Vaccination North-Western Provinces and Oudh 1878-1895 - 1878-1895
Year: 1878
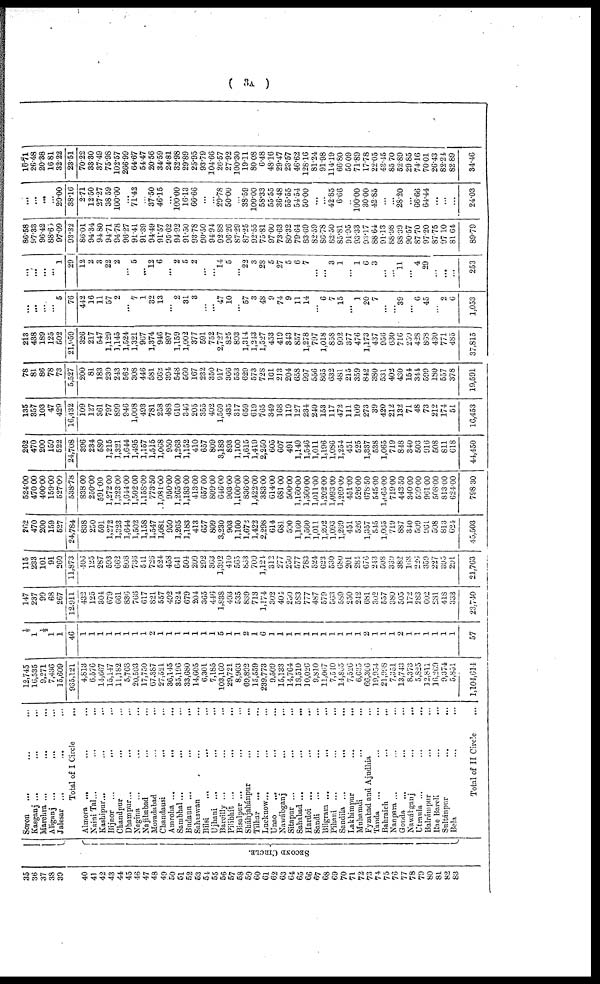
( 3A )
35
36
37
38
39
40
41
42
43
44
45
46
47
48
49
50
51
52
53
54
55
56
57
58
59
60
61
62
63
64
65
66
67
68
69
70
71
72
73
74
75
76
77
78
79
80
81
82
83
SECOND CIRCLE.
Soron ... ... ...
Kasganj ... ... ...
Marelhra ... ... ...
Aliganj ... ... ...
Jalesar ... ... ...
Total of I Circle ...
Almora ... ... ...
Nanni Tal ...
...
...
Kashipur... ... ...
Bijnor
...
...
...
Chandpur
... ...
Dhampur... ... ...
Nagina ... ... ...
Najibabad ... ...
Moradabad ... ...
Chandausi ... ...
Ámroha ...
...
...
Sambhal...
... ...
Budaun ...
...
...
Sahaswan ... ...
Bilsi ... ... ...
Ujhani ...
... ...
Bareilly ... ... ...
Pihibhít ... ... ...
Bisalpur ... ... ...
Sháhjahánpur ... ...
Tilhar
... ... ...
Lucknow... ... ...
Unao
...
... ...
Nawábganj
...
...
Sitapur ... ... ...
Sahabad ... ... ...
Hardoi ... ... ...
Sandi
...
...
...
Bilgram ...
... ...
Pihani ... ... ...
Sandila ... ... ...
Lakhimpur ... ...
Muhamdi ... ...
Fyzabad and Ajudhia ...
Tanda ... ... ...
Bahraich ... ...
Nanpara ... ... ...
Gonda ... ... ...
Nawábganj
...
...
Utraula ... ... ...
Balrámpur ... ...
Rae Bareli
...
...
Sultánpur ... ...
Bela ... ...
Total of II Circle ...
12,745
16,535
9,271
7,436
15,609
935,121
4,813
6,576
14,667
15,147
11,182
5,708
20,503
17,750
67,387
27,521
36,145
35,196
33,680
14,605
6,301
7,185
103,160
29,721
8,903
69,892
15,559
239,773
9,509
15,133
14,764
18,510
10,026
9,810
11,067
7,510
14,865
7,526
6,635
66,306
19,954
21,998
7,351
13,743
8,373
5,825
12,811
16,269
9,374
5,851
1,104,611
½
1
½
1
1
46
1
1
1
1
1
1
1
1
2
1
1
1
1
1
1
1
5
1
1
2
1
6
1
1
1
1
1
1
1
1
1
1
1
2
1
1
1
2
1
1
1
1
1
1
57
147
237
99
68
267
12,911
432
125
304
679
661
836
766
617
821
557
492
624
679
204
365
446
1,838
493
535
839
713
1,174
302
404
250
583
777
487
579
563
589
250
242
681
302
557
380
505
172
283
602
281
418
333
23,740
115
233
101
91
260
11,873
406
125
287
593
662
808
736
541
726
524
458
641
504
209
292
363
1,392
410
565
838
709
1,124
312
277
250
577
783
524
623
530
680
201
284
676
243
508
339
382
168
226
359
227
395
291
21,763
262
470
200
159
527
24,784
838
250
591
1,272
1,323
1,644
1,502
1,158
1,547
l,081
950
1,265
1,183
413
657
809
3,230
903
1,100
1,672
1,422
2,298
614
681
500
1,160
1,560
1,011
1,202
1,093
1,269
451
526
1,357
545
1,065
719
887
340
509
961
508
813
624
45,503
524.00
470.00
400.00
159.00
527.00
538.78
838.00
250.00
591.00
1,272.00
1,323.00
1,644.00
1,502.00
1,158.00
773.50
1,081.00
950.00
1,265.00
1,183.00
413.00
657.00
809.00
646.00
903.00
1,100.00
836.00
1,422.00
383.00
614.00
681.00
500.00
1,160.00
1,560.00
1,011.00
1,202.00
1,093.00
1,269.00
451.00
526.00
678.50
545.00
1,065.00
719.00
443.50
340.00
509.00
961.00
508.00
813.00
624.00
798.30
262
470
200
159
522
24,708
396
234
580
1,215
1,321
1,644
1,495
1,157
1,515
1,068
950
1,263
1,152
410
657
809
3,183
893
1,100
1,615
1,419
2,250
605
607
491
1,149
1,546
1,011
1,196
1,086
1,254
451
525
1,337
538
1,065
719
848
340
503
916
508
811
618
44,450
135
357
103
47
429
16,432
109
127
361
797
899
946
1,008
493
781
258
488
610
346
205
355
402
1,569
435
317
659
619
765
349
168
119
127
234
240
153
117
472
111
109
273
39
420
212
132
71
48
73
212
174
51
16,453
78
81
86
78
73
5,527
200
81
183
230
243
562
308
446
581
662
394
548
560
167
232
350
917
366
553
629
573
728
101
213
204
658
997
556
865
632
481
215
359
842
380
531
402
430
154
344
599
180
557
378
19,591
213
438
189
125
502
21,959
326
217
547
1,129
1,145
1,524
1,321
967
1,374
946
897
1,159
1,002
377
591
752
2,727
825
893
1,314
1,243
1,527
453
419
343
857
1,278
797
1,018
858
992
377
476
1,173
437
956
630
716
250
428
868
430
771
485
37,815
...
...
...
...
5
76
442
16
11
57
2
...
7
1
32
13
...
2
31
3
...
...
47
10
...
57
3
48
9
74
9
11
14
...
6
7
15
...
1
20
7
...
...
39
...
6
45
...
2
6
1,053
...
...
...
...
1
29
12
2
3
22
2
...
5
...
12
6
...
2
5
2
...
...
l4
5
...
22
3
28
5
27
5
6
7
...
...
3
1
...
1
6
3
...
...
11
...
4
29
...
...
...
253
86.58
97.33
96.42
88.65
97.09
93.32
86.01
94.34
94. 80
94.71
94.78
96.27
91.41
91.39
94.49
91.57
95.62
94.92
91.50
93.78
90.50
94.94
92.88
96.26
87.29
87.25
92.55
75.81
97. 00
73.63
80.32
79.64
83.69
82.59
86.73
82.50
85.81
91.95
93.3
93.17
88.64
91.13
88.98
88.39
90.57
87.70
97.20
87.75
97.10
81.64
89.79
...
...
...
...
20.00
38.16
2.71
12.50
27.27
38.59
100.00
...
71.42
...
37.50
46.15
...
100.00
16.13
66.66
...
...
29.78
50.00
...
38.59
100.00
58.33
55.5
36.48
55.55
54.54
50.00
...
...
42.85
6.66
...
100.00
30.00
42.85
...
...
28.20
...
66.66
64.44
...
...
...
24.03
10.71
26.48
20.38
16.81
32.22
23.51
70.22
33.30
37.49
75.98
102.57
266.99
64.67
54.47
20.56
34.59
24.81
32.98
29.89
25.95
93.79
104.66
26.57
27.92
100.30
19.11
80.08
6.48
48.16
29.47
23.57
46.62
128.16
81.24
91.98
114.19
66.80
50.09
71.89
17.78
22.05
43.45
85.70
52.89
29.85
74.16
70.01
26.43
82.24
82.89
34.46